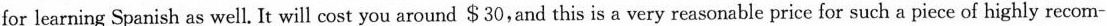
for learning Spanish as well. It will cost you around $30,and this is a very reasonable price for such a piece of highly recom-